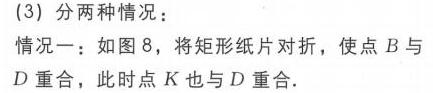
(3) 分两种情况：
情况一：如图8，将矩形纸片对折，使点$B$与$D$重合，此时点$K$也与$D$重合.